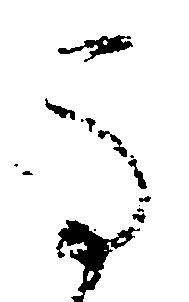
馬